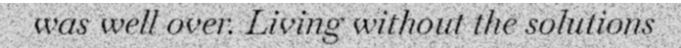
was well over. Living without the solutions